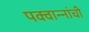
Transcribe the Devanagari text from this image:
पक्वान्‍नांची